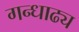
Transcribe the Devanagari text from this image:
गन्धाढ्य